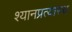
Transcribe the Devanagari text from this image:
श्यानप्रत्यास्थ